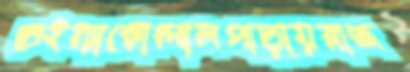
শুইন্যাকোন্দালপাড়ায়রাজ